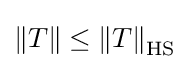
\left\|T\right\|\leq \left\|T\right\|_{\operatorname {HS} }